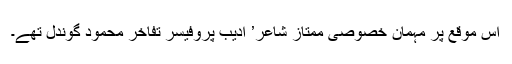
اس موقع پر مہمان خصوصی ممتاز شاعر’ ادیب پروفیسر تفاخر محمود گوندل تھے۔